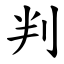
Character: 判